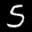
Label: 5